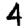
Digit: 4